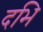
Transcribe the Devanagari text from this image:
दभि